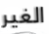
الغير